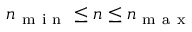
n _ { \mathrm { ~ m ~ i ~ n ~ } } \leq n \leq n _ { \mathrm { ~ m ~ a ~ x ~ } }